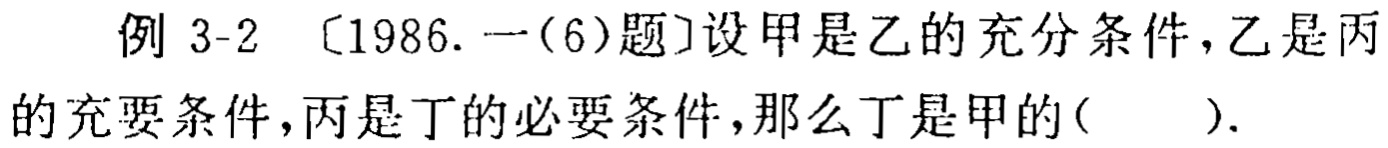
例 3-2 〔1986. 一(6)题〕设甲是乙的充分条件，乙是丙的充要条件，丙是丁的必要条件，那么丁是甲的( ).